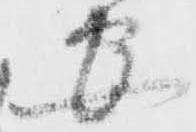
安